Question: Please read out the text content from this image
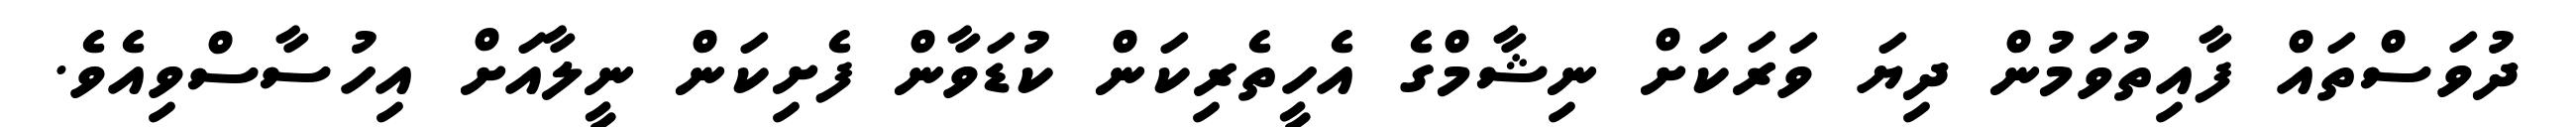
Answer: ދުވަސްތައް ފާއިތުވަމުން ދިޔަ ވަރަކަށް ނިޝާމްގެ އެހީތެރިކަން ކުޑަވާން ފެށިކަން ނީލާއަށް އިހުސާސްވިއެވެ.